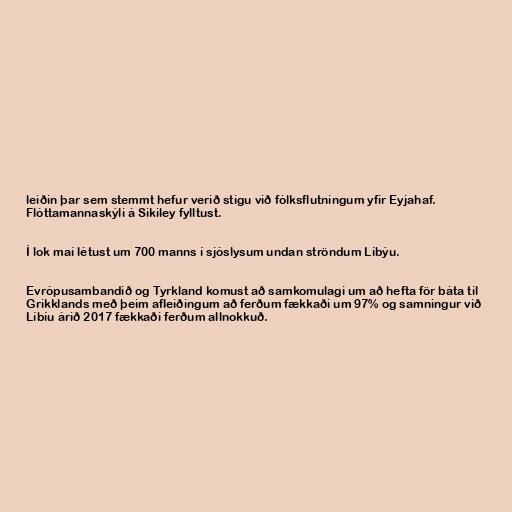
leiðin þar sem stemmt hefur verið stigu við fólksflutningum yfir Eyjahaf.
Flóttamannaskýli á Sikiley fylltust.

Í lok maí létust um 700 manns í sjóslysum undan ströndum Líbýu.

Evrópusambandið og Tyrkland komust að samkomulagi um að hefta för báta til
Grikklands með þeim afleiðingum að ferðum fækkaði um 97% og samningur við
Líbíu árið 2017 fækkaði ferðum allnokkuð.